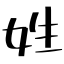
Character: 姓